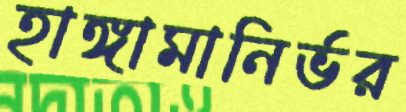
হাঙ্গামানির্ভর